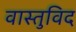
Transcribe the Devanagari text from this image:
वास्‍तुविद